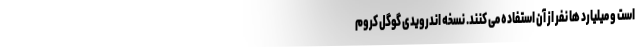
است و میلیارد ها نفر از آن استفاده می کنند. نسخه اندرویدی گوگل کروم